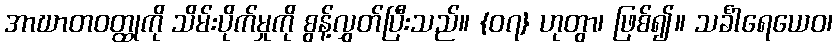
အာဃာတဝတ္ထုကို သိမ်းပိုက်မှုကို စွန့်လွှတ်ပြီးသည်။ {၀၇} ဟုတွာ၊ ဖြစ်၍။ သင်္ခါရေယေဝ၊